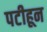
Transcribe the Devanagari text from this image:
पटीहून